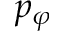
p _ { \varphi }